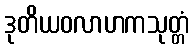
ဒုတိယဝလာဟကသုတ္တံ